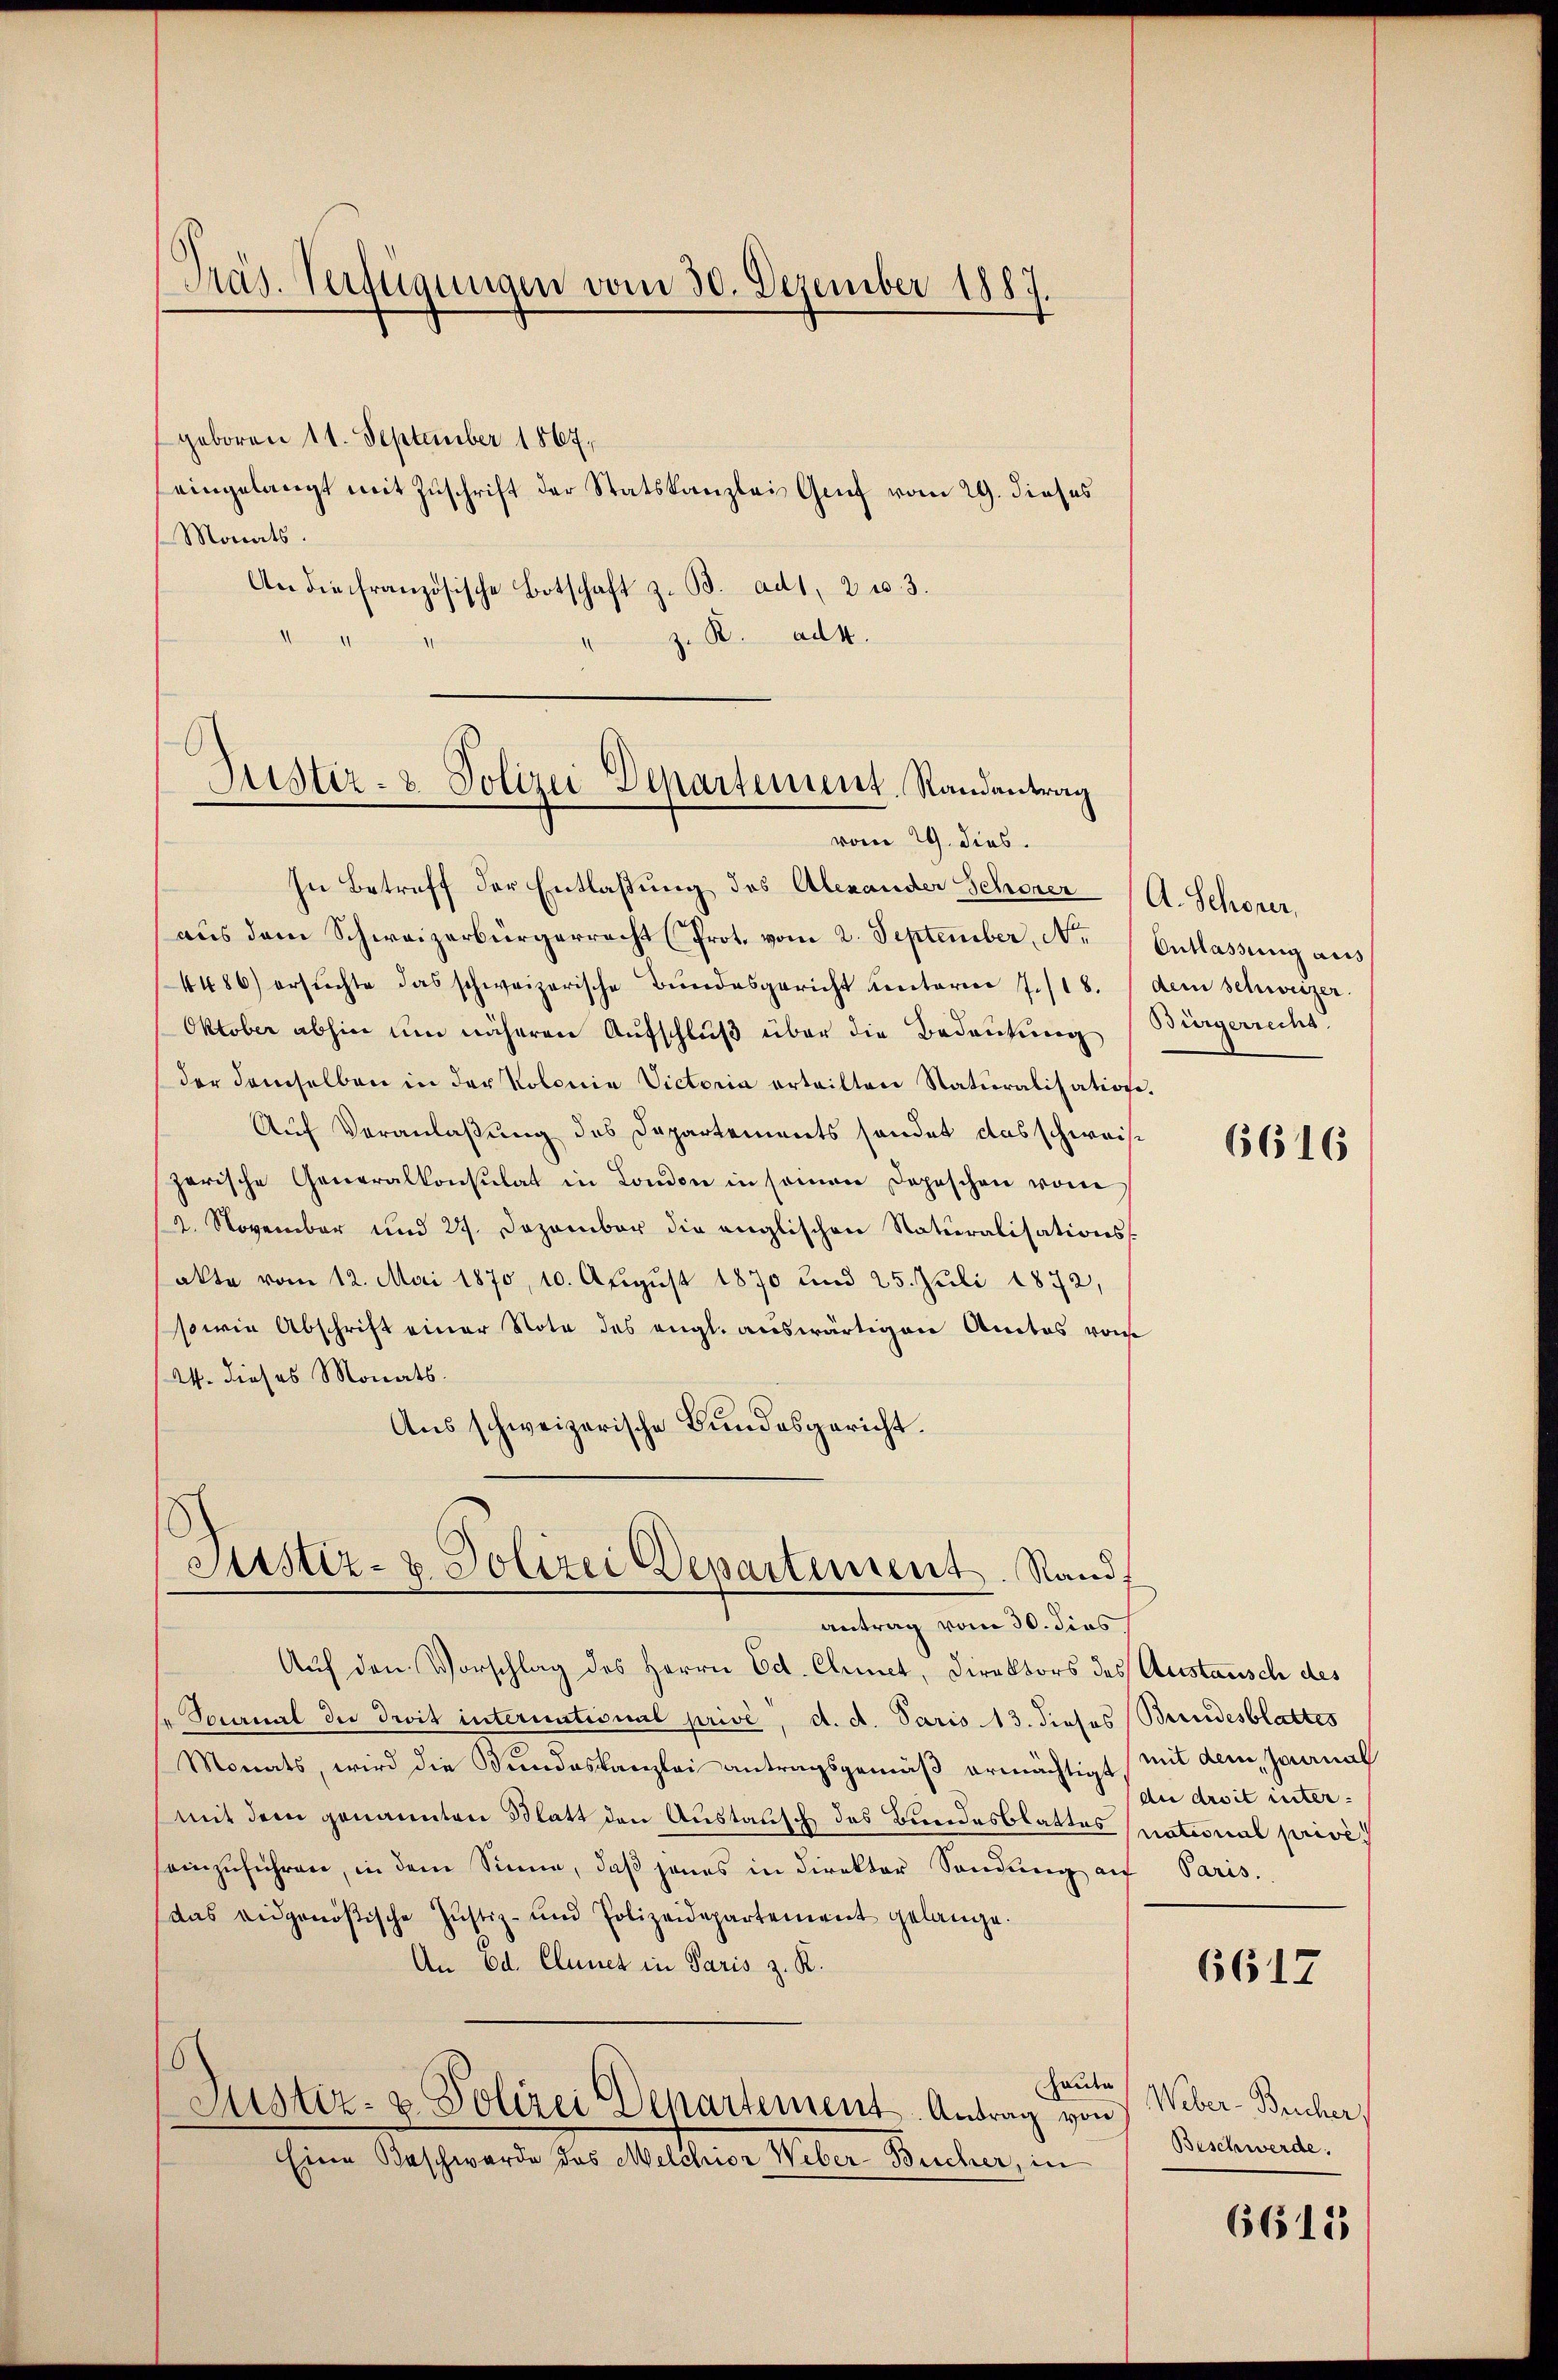
geboren 11. September 1867,
eingelangt mit Zuschrift der Statskanzlei Genf vom 29. dieses
Monats.
An die französische Botschaft z. B. ad 1, 2 u. 3.
.
z. B. ad 4.

Präs. Verfügungen vom 30. Dezember 1887.

Justiz- & Polizei Departement. Randantrag
vom 29. dies

In Betreff der Entlaßung des Alexander Schöner (A. Schöner,
aŭs dem Schweizerbürgerrecht (Prot. vom 2. September, N. Entlassŭng aus
4486) ersŭchte das schweizerische Bŭndesgericht unterier 7./18. dem Schweizer.
Oktober abhin um näheren Aufschluß über die Bedeutung (Bürgerrecht
der demselben in der Kolonia Victoria erteilten Naturalisation.
Auf Veranlaßung des Departements sonder das schweis
parische Generalkonsulat in London in seinen Depeschen vom
2. November und 27. Dezember die englischen Naturalisationsakte vom 12. Mai 1870, 10. Aŭgŭst 1870 und 25. Juli 1872,
sowie Abschrift einer Note des engl. auswärtigen Antos von
24. dieses Monats.
Aus schweizerische Bundesgericht.

Justiz- & Polizei Departement. Rand.

antrag vom 30. dies
Auf den Vorschlag des Herrn Ed. Chinet, Direktors des Austausch des
" Sournal die droit international privé, d. d. Paris 13. dieses Bundesblattes
Monats, wird die Bundeskanzlei antragsgemäß ermächtigt
mit dem genannten Blatt den Austausch des Bundesblattes
seinzuführen, in dem Sinne, daß jenes in Direktor Sendung auf Paris.
das eidgenößische Justiz- und Polizeidepartement gelange.
An Od. Clunet in Paris z. R.
haude
Justiz- & Polizei Departement. Antrag von
Eine Beschwerde das Melchior Weber-Bucher, in

6616

mit dem Haarmal
die droit inter.
national privé.

6617

Weber-Bescher
Beschwerde.

6615